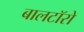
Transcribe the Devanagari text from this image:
बालटॉरो